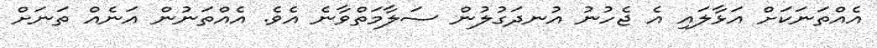
އެއްތަނަކަށް އަޅާލައި އެ ޖެހުނު އުނދަގުލުން ސަލާމަތްވާނެ އެވެ. އެއްތަނުން އަނެއް ތަނަށް